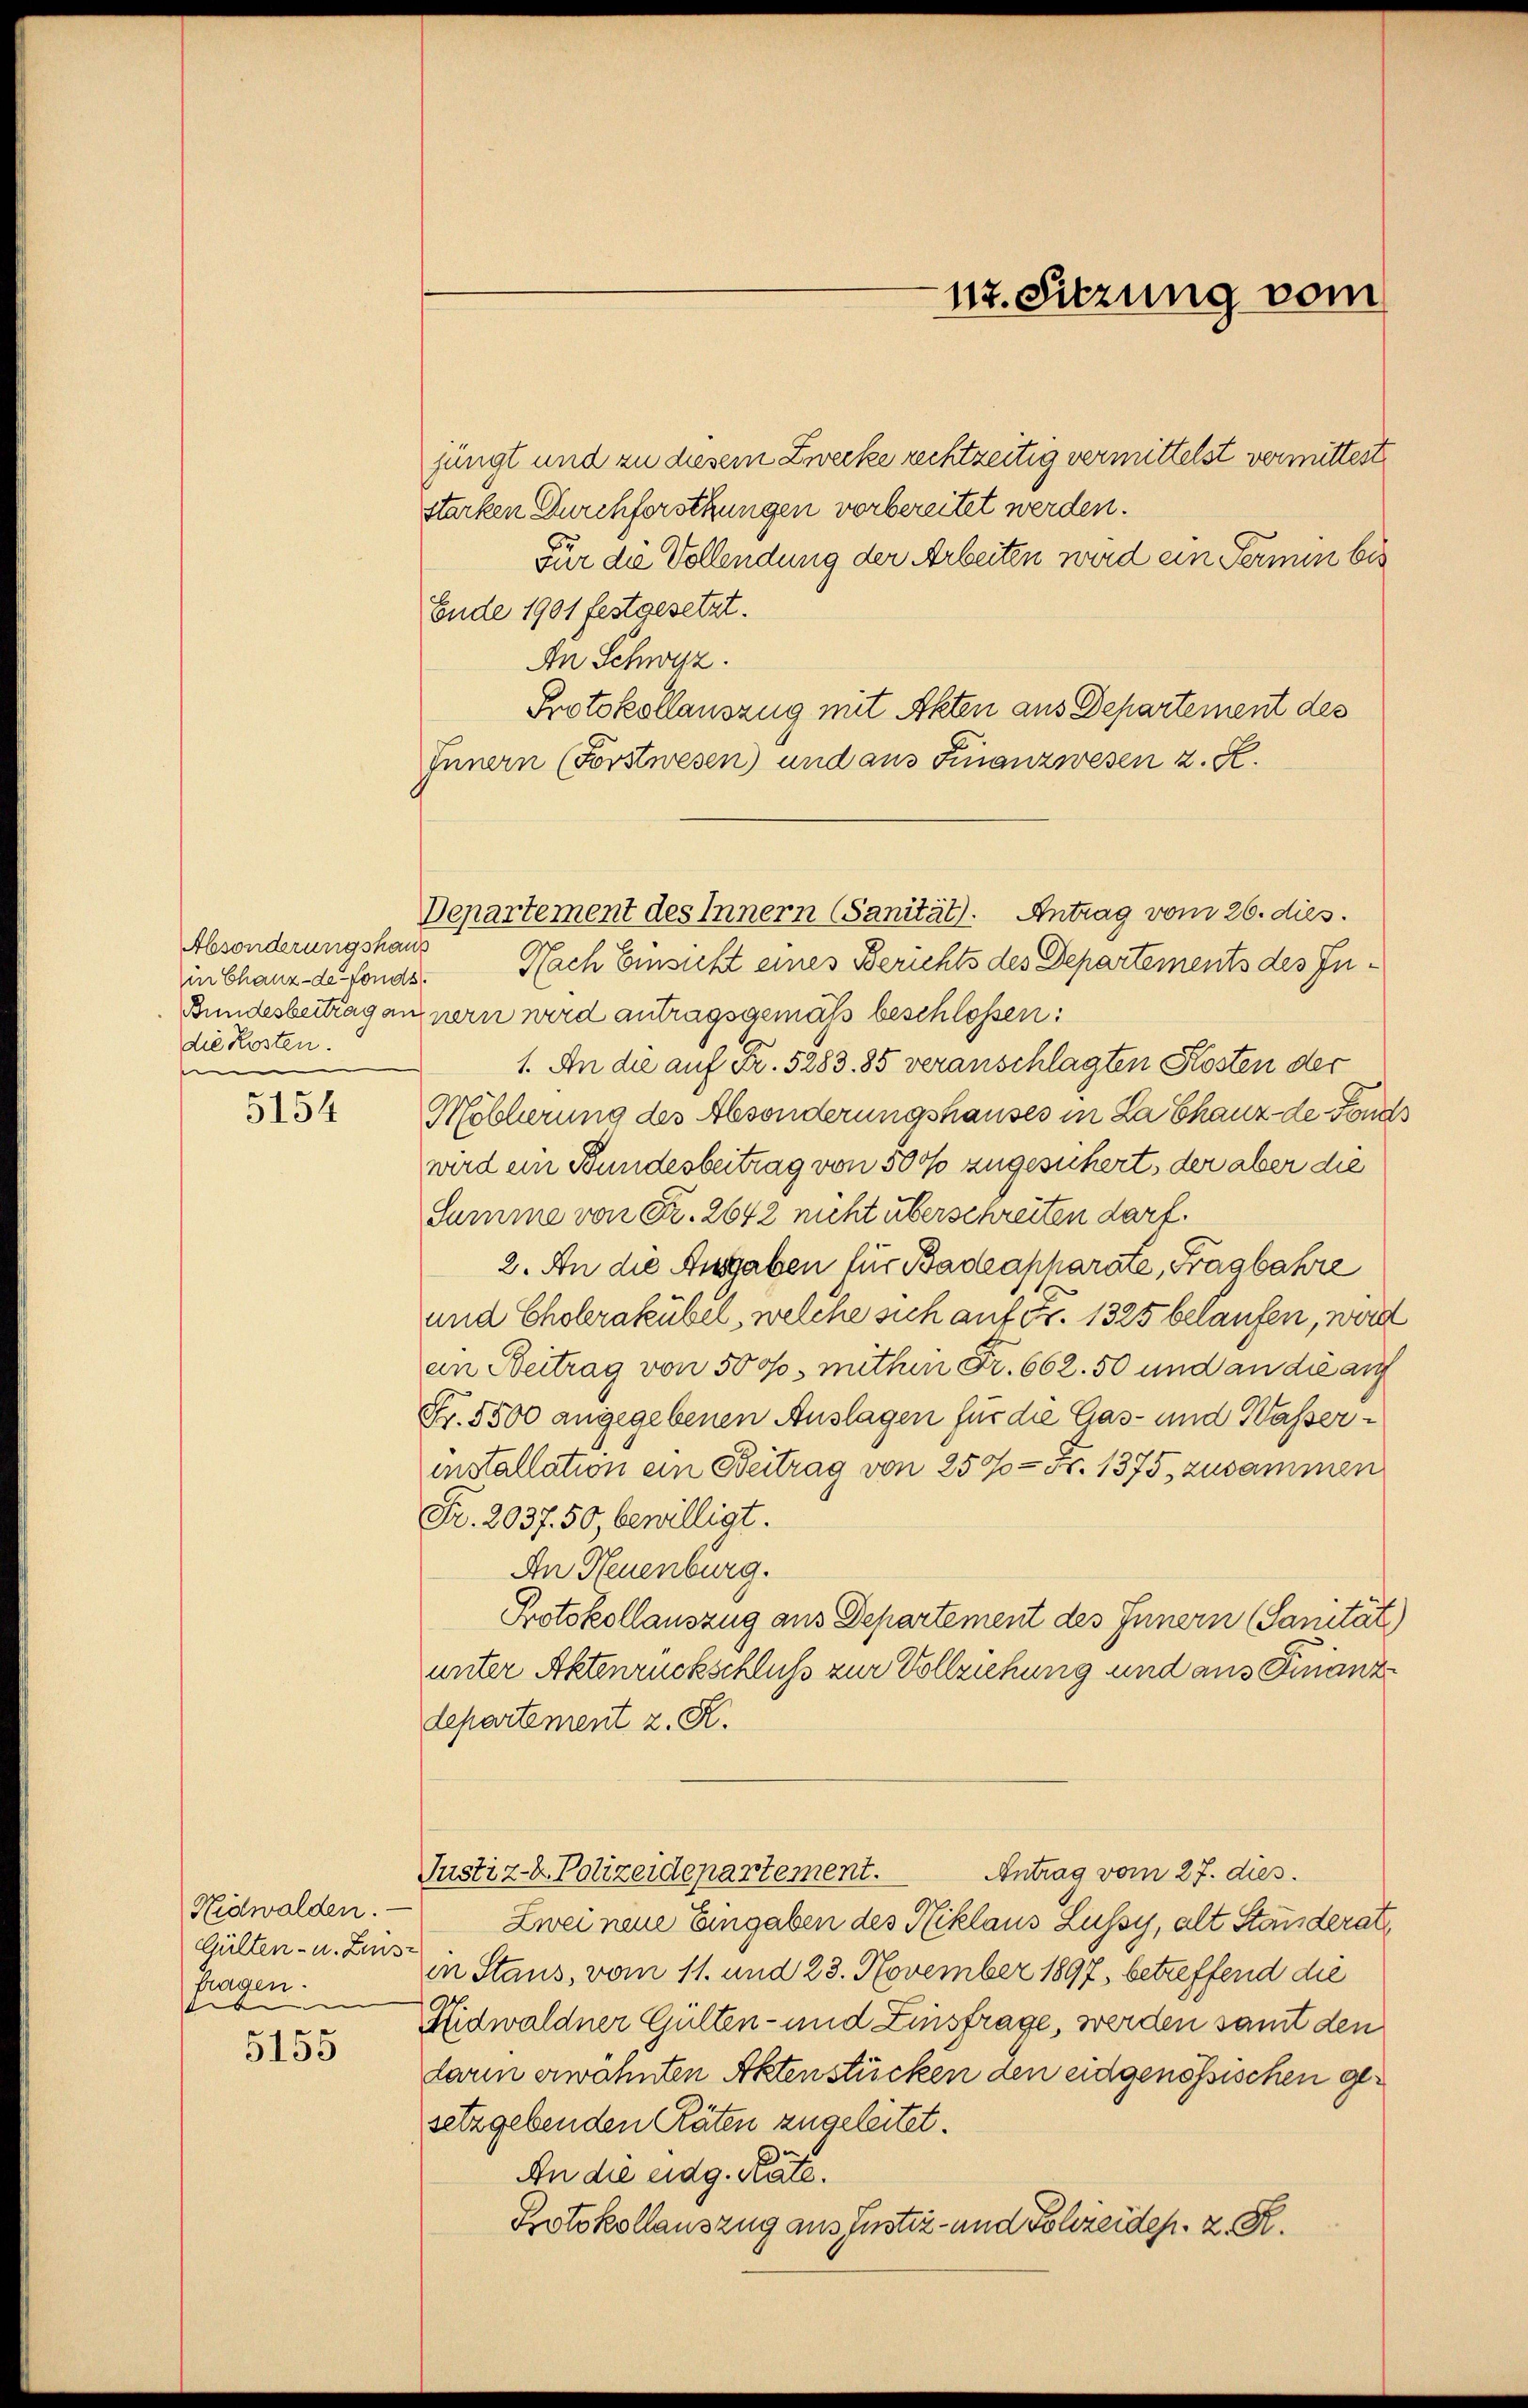
Absonderungshaus
in Chanz-de-Fonds.
die Kosten.
e

5154

Hidwalden.
Gülten- u. Zins-
fragen.
e
t
5155

jungt und zu diesem Zwecke rechtzeitig vermittelst vermittest
starken Durchforstkungen vorbereitet werden.
Für die Vollendung der Arbeiten wird ein Termin bis
Ende 1901 festgesetzt.
An Schwyz.
Protokollauszug mit Akten aus Departement des
Innern (Forstwesen) und aus Finanzwesen z. R.
Nach Einsicht eines Berichts des Departements des In¬
Bundesbeitrag annern wird antragsgemäss beschlossen:
1. An die auf Fr. 5283. 85 veranschlagten Kosten der
Moblierung des Absonderungshauses in La Chanz de Fond.
wird ein Bundesbeitrag von 500 zugesichert, der aber die
Summe von Fr. 2642 nicht überschreiten darf.
2. An die Ausgaben für Badeapharate, Fragbahre
und Cholerakübel, welche sich auf Fr. 1325 belaufen, werd
an Beitrag von 5000, mithin Fr. 662. 50 und an die auf
Fr. 5500 angegebenen Auslagen für die Gas- und Wasserinstallation ein Beitrag von 250 = Fr. 1375. zusammen
Fr. 2037. 50, bewilligt.
An Neuenburg.
Protokollauszug aus Departement des Innern (Sanität)
unter Aktenrückschluß zur Vollziehung und aus Finanzdepartement z. K.
Antrag vom 27. dies
Justiz- & Polizeidepartement.
Zwei neue Eingaben des Niklaus Lussy, alt Ständerat
in Staus, vom 11. und 23. November 1897, betreffend die
Hidwaldner Gülten- und Zinsfrage, werden samt den
darin erwähnten Aktenstücken den eidgenössischen gesetzgebenden Räten zugeleitet.
6
An die eidg. Rate.
Protokollauszug aus Justiz- und Schreides. z. R.

Departement des Innern (Sanität). Antrag vom 26. dies.

117. Sitzung vom